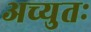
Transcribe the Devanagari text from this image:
अच्युतः